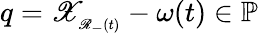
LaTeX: q=\mathscr{X}_{_{\mathscr{R}_{-}(t)}}-\omega(t)\in{\mathbb{P}}